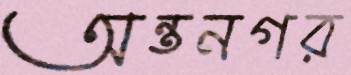
অন্তনগর